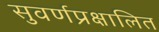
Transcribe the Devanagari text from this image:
सुवर्णप्रक्षालित